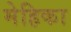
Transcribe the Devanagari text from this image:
मेहिका